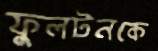
ফুলটনকে